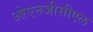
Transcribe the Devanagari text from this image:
ओएनजीसीएल